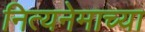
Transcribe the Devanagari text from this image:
नित्यनेमाच्या